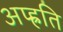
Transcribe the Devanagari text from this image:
अप्ह्रति